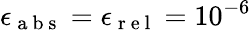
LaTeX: \epsilon_{\mathrm{~a~b~s~}}=\epsilon_{\mathrm{~r~e~l~}}=10^{-6}